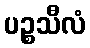
ပဉ္စသီလံ